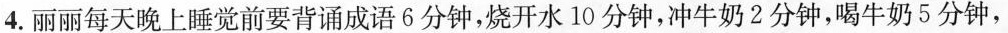
4.丽丽每天晚上睡觉前要背诵成语6分钟，烧开水10分钟，冲牛奶2分钟，喝牛奶5分钟，